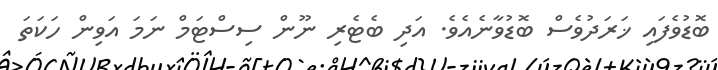
ބޮޑުވެފައި ޚަރަދުވެސް ބޮޑުވާނެއެވެ. އަދި ބެޓެރި ނޫން ސިސްޓަމް ނަމަ އަވިން ހަކަތަ